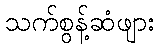
သက်စွန့်ဆံဖျား